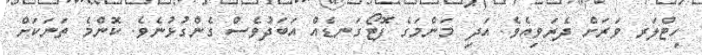
ހިޓްލަރ ވަރަށް ދެރަވިއެވެ. އަދި މަންމަގެ ފޮޓޯގަނޑެއް އަބަދުވެސް ގެންގުޅުނެވެ. ކޮންމެ ތަނަކަށް